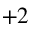
+ 2